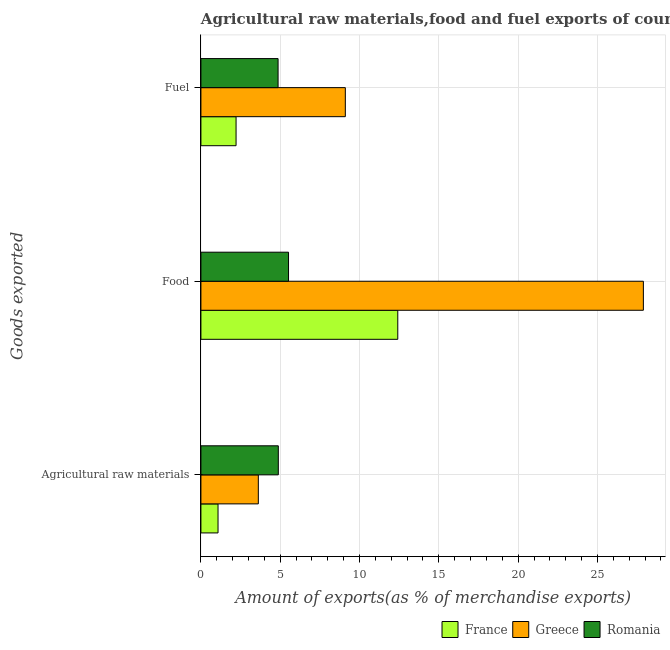
| Goods exported | France | Greece | Romania |
 | --- | --- | --- | --- |
 | Agricultural raw materials | 1.08 | 3.62 | 4.88 |
 | Food | 12.4 | 27.9 | 5.52 |
 | Fuel | 2.22 | 9.1 | 4.86 |